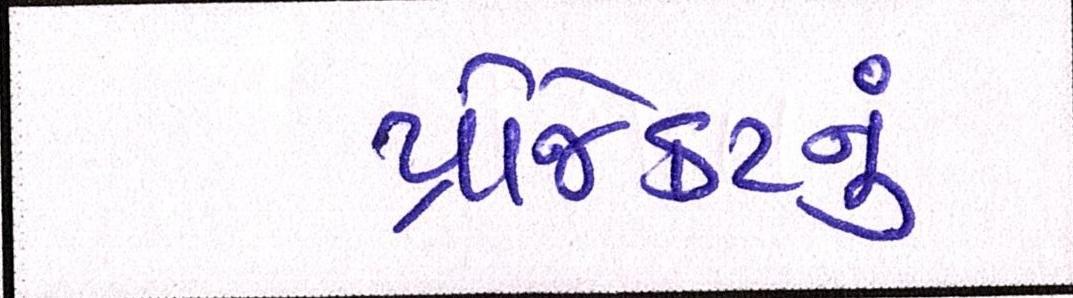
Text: પ્રોજેકટનું